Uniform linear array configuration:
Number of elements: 12
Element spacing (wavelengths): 1
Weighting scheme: uniform
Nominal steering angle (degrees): -45
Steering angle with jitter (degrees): -43.28
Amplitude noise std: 0.05
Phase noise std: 0.05

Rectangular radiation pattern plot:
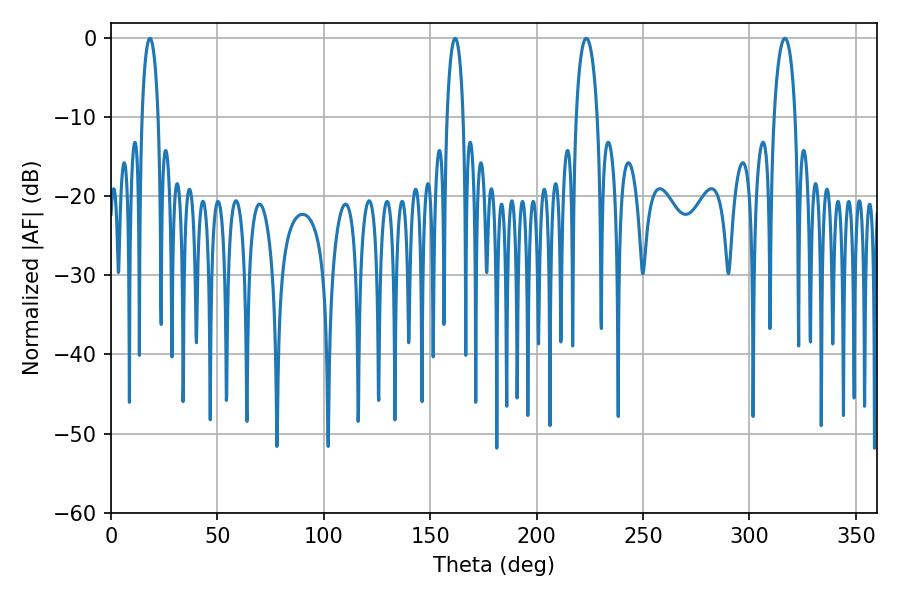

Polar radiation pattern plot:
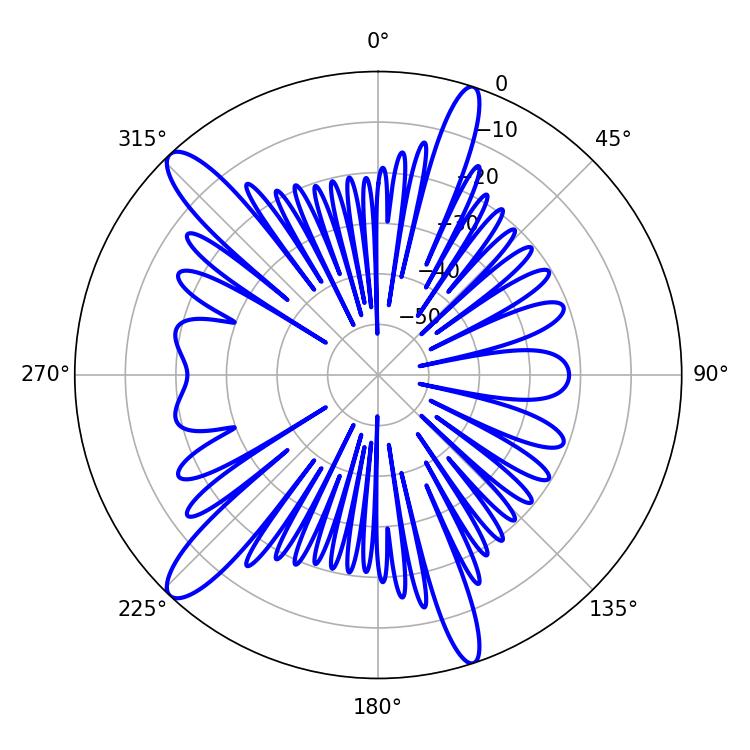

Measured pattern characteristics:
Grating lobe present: TRUE
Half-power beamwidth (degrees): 5.76
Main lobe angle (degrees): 223.38